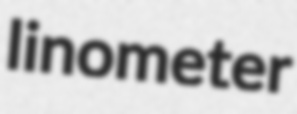
linometer